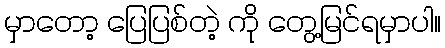
မှာတော့ ပြေပြစ်တဲ့ ကို တွေ့မြင်ရမှာပါ။